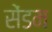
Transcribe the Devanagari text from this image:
सेंडम